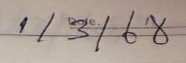
1 / 3 / 68